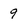
Character: 9